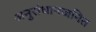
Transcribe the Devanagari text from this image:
अनुसंधानजनित